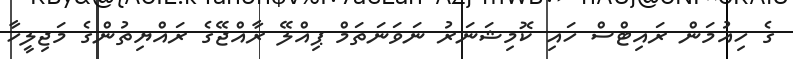
ގެ ހިއުމަން ރައިޓްސް ހައި ކޮމިޝަނަރު ނަވަނަތަމް ޕިއްލޭ ރާއްޖޭގެ ރައްޔިތުންގެ މަޖިލީހާ